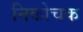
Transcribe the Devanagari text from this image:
निकोचक